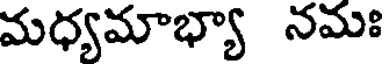
మధ్యమాభ్యా నమః